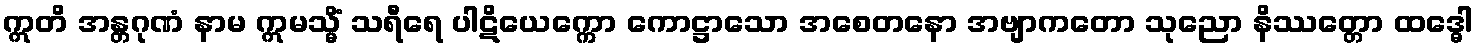
ဣတိ အန္တဂုဏံ နာမ ဣမသ္မိံ သရီရေ ပါဋိယေက္ကော ကောဋ္ဌာသော အစေတနော အဗျာကတော သုညော နိဿတ္တော ထဒ္ဓေါ